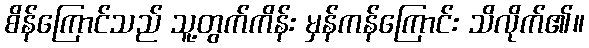
စိန်ကြောင်သည် သူ့တွက်ကိန်း မှန်ကန်ကြောင်း သိလိုက်၏။